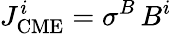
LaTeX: J_{\mathrm{CME}}^{i}={\sigma}^{B}\, B^{i}